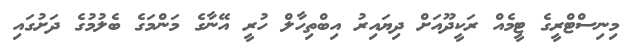
މިނިސްޓްރީގެ ޓީމެއް ރަކީދޫއަށް ދިޔައިރު އިބްތިހާލް ހުރީ އޭނާގެ މަންމަގެ ބެލުމުގެ ދަށުގައި